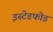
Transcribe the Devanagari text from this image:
इस्टेडफोड